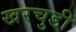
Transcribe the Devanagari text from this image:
खरचुडी